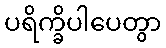
ပရိက္ခိပါပေတွာ